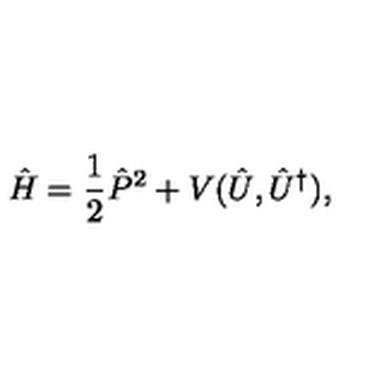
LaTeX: \hat { H } = \frac 1 2 \hat { P } ^ { 2 } + V ( \hat { U } , \hat { U } ^ { \dagger } ) ,